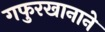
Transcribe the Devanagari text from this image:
गफुरखानाने